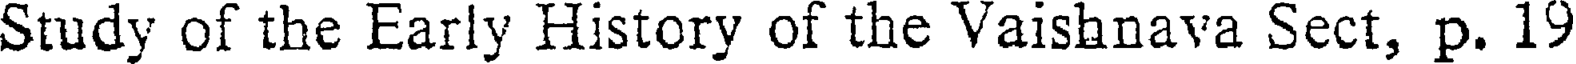
Study of the Early History of the Vaishnava Sect, p. 19